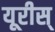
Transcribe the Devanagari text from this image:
यूरीस्